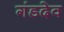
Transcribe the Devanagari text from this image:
गंडदेव